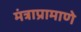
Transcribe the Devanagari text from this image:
मंत्राप्रामाणे